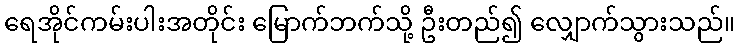
ရေအိုင်ကမ်းပါးအတိုင်း မြောက်ဘက်သို့ ဦးတည်၍ လျှောက်သွားသည်။